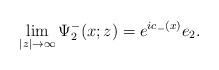
\begin{align*}\lim_{|z|\rightarrow\infty}\Psi^-_2(x;z)=e^{ic_-(x)}e_2.\end{align*}